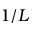
1 / L